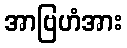
အာဗြဟံအား